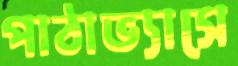
পাঠাভ্যাসে